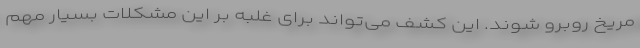
مریخ روبرو شوند. این کشف می‌تواند برای غلبه بر این مشکلات بسیار مهم